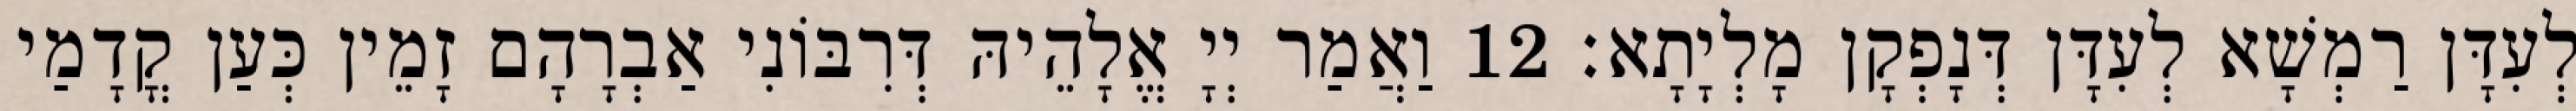
לְעִדָּן רַמְשָׁא לְעִדָּן דְּנָפְקָן מָלְיָתָא׃ 12 וַאֲמַר יְיָ אֱלָהֵיהּ דְּרִבּוֹנִי אַבְרָהָם זָמֵין כְּעַן קֳדָמַי